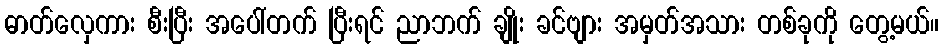
ဓာတ်လှေကား စီးပြီး အပေါ်တက် ပြီးရင် ညာဘက် ချိုး ခင်ဗျား အမှတ်အသား တစ်ခုကို တွေ့မယ်။